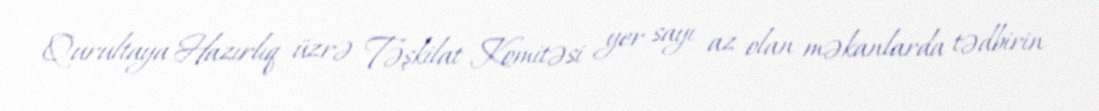
Qurultaya Hazırlıq üzrə Təşkilat Komitəsi yer sayı az olan məkanlarda tədbirin